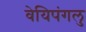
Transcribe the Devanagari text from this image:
वेयिपंगलु